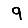
Digit: 9